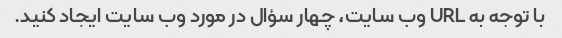
با توجه به URL وب سایت، چهار سؤال در مورد وب سایت ایجاد کنید.